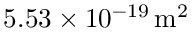
5 . 5 3 \times 1 0 ^ { - 1 9 } \, \mathrm { m ^ { 2 } }